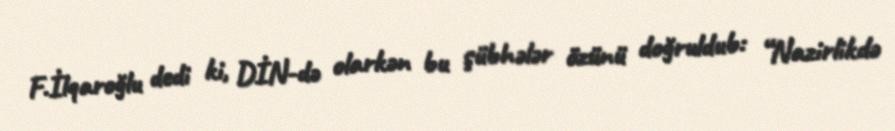
F.İlqaroğlu dedi ki, DİN-də olarkən bu şübhələr özünü doğruldub: “Nazirlikdə